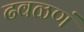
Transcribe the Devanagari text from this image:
ढवळणं